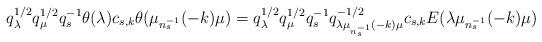
LaTeX: \begin{align*}q_\lambda^{1/2}q_\mu^{1/2}q_s^{-1}\theta(\lambda)c_{s,k}\theta(\mu_{n_s^{-1}}(-k)\mu) =q_\lambda^{1/2}q_\mu^{1/2}q_s^{-1}q_{\lambda\mu_{n_s^{-1}}(-k)\mu}^{-1/2}c_{s,k}E(\lambda\mu_{n_s^{-1}}(-k)\mu)\end{align*}